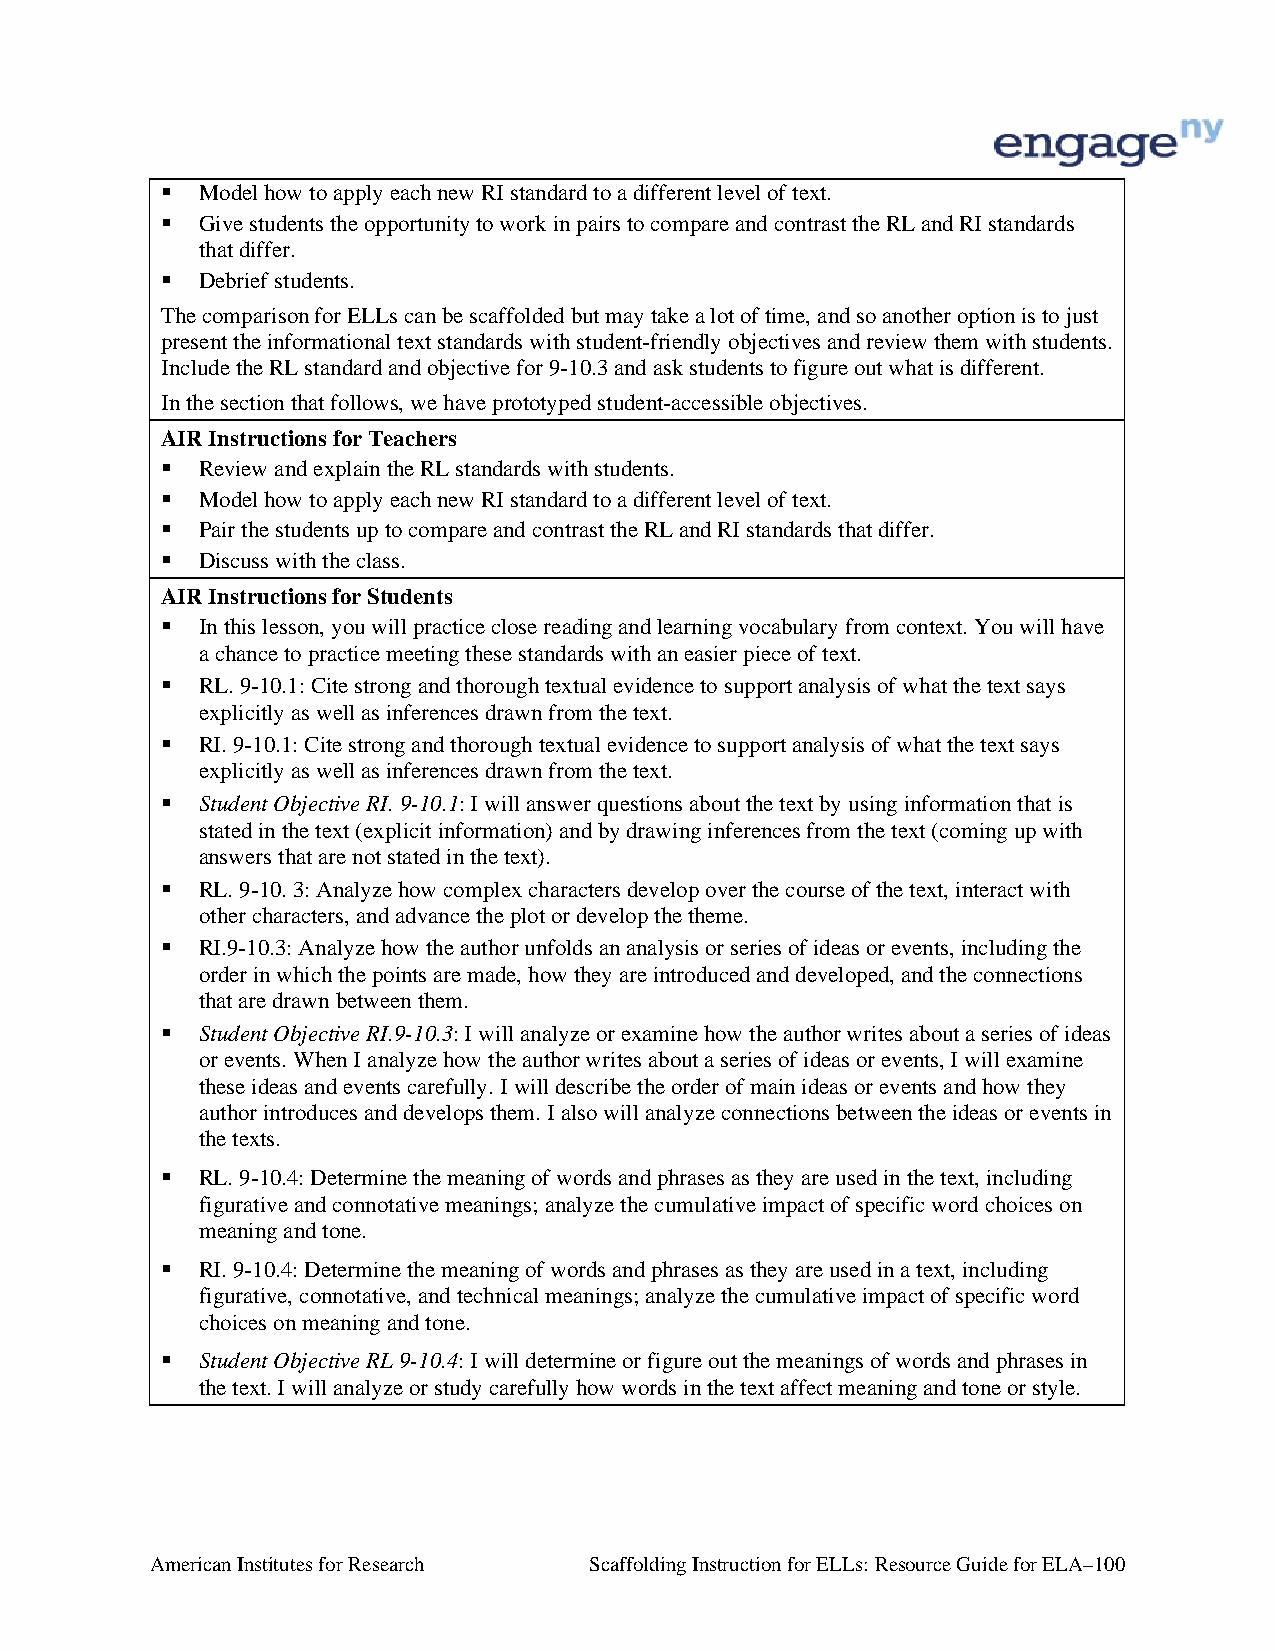
 Model how to apply each new RI standard to a different level of text.
  Give students the opportunity to work in pairs to compare and contrast the RL and RI standards
 that differ.
  Debrief students.
 The comparison for ELLs can be scaffolded but may take a lot of time, and so another option is to just
 present the informational text standards with student-friendly objectives and review them with students.
 Include the RL standard and objective for 9-10.3 and ask students to figure out what is different.
 In the section that follows, we have prototyped student-accessible objectives.
 AIR Instructions for Teachers
  Review and explain the RL standards with students.
  Model how to apply each new RI standard to a different level of text.
  Pair the students up to compare and contrast the RL and RI standards that differ.
  Discuss with the class.
 AIR Instructions for Students
  In this lesson, you will practice close reading and learning vocabulary from context. You will have
 a chance to practice meeting these standards with an easier piece of text.
  RL. 9-10.1: Cite strong and thorough textual evidence to support analysis of what the text says
 explicitly as well as inferences drawn from the text.
  RI. 9-10.1: Cite strong and thorough textual evidence to support analysis of what the text says
 explicitly as well as inferences drawn from the text.
  Student Objective RI. 9-10.1: I will answer questions about the text by using information that is
 stated in the text (explicit information) and by drawing inferences from the text (coming up with
 answers that are not stated in the text).
  RL. 9-10. 3: Analyze how complex characters develop over the course of the text, interact with
 other characters, and advance the plot or develop the theme.
  RI.9-10.3: Analyze how the author unfolds an analysis or series of ideas or events, including the
 order in which the points are made, how they are introduced and developed, and the connections
 that are drawn between them.
  Student Objective RI.9-10.3: I will analyze or examine how the author writes about a series of ideas
 or events. When I analyze how the author writes about a series of ideas or events, I will examine
 these ideas and events carefully. I will describe the order of main ideas or events and how they
 author introduces and develops them. I also will analyze connections between the ideas or events in
 the texts.
  RL. 9-10.4: Determine the meaning of words and phrases as they are used in the text, including
 figurative and connotative meanings; analyze the cumulative impact of specific word choices on
 meaning and tone.
  RI. 9-10.4: Determine the meaning of words and phrases as they are used in a text, including
 figurative, connotative, and technical meanings; analyze the cumulative impact of specific word
 choices on meaning and tone.
  Student Objective RL 9-10.4: I will determine or figure out the meanings of words and phrases in
 the text. I will analyze or study carefully how words in the text affect meaning and tone or style.
 American Institutes for Research Scaffolding Instruction for ELLs: Resource Guide for ELA–100